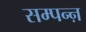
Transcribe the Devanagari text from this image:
सम्पन्ऩ